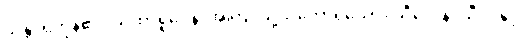
သန္တိ၊ ရှိကုန်၏။ ယထာရူပေန၊ အကြင်သို့သဘောရှိသော။ သီလေန၊ သီလနှင့်။